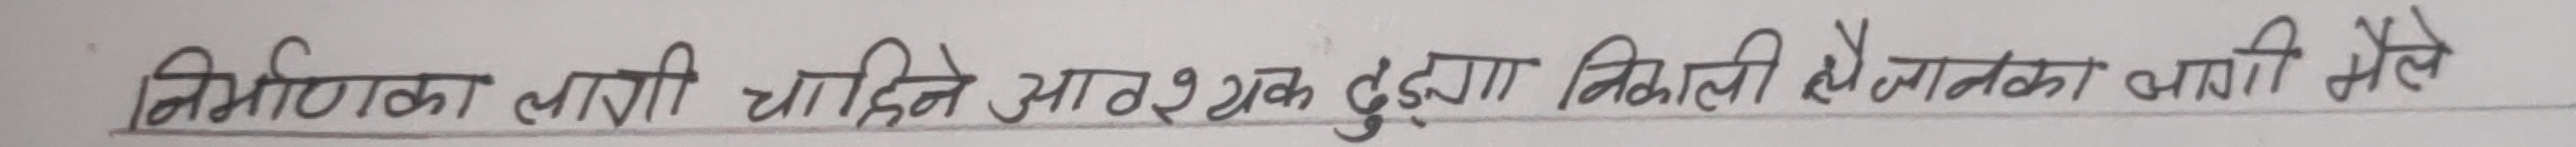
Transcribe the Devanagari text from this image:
निर्माणका लागि चाहिने आवश्यक ढुंगा निकाल्न हेभी उपकरणका लागि पहिले